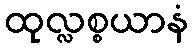
ထုလ္လစ္စယာနံ